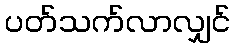
ပတ်သက်လာလျှင်